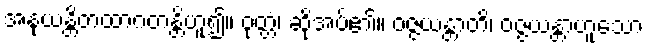
အနုယန္တိတထာဂတန္တိဟူ၍။ ဝုတ္တံ၊ ဆိုအပ်၏။ ဝဇ္ဇယန္တာတိ၊ ဝဇ္ဇယန္တာဟူသော